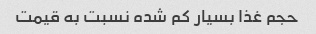
حجم غذا بسیار کم شده نسبت به قیمت